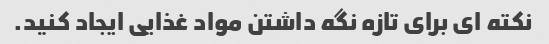
نکته ای برای تازه نگه داشتن مواد غذایی ایجاد کنید.